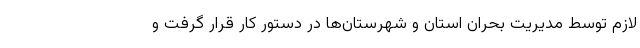
لازم توسط مدیریت بحران استان و شهرستان‌ها در دستور کار قرار گرفت و